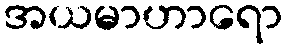
အယမာဟာရော